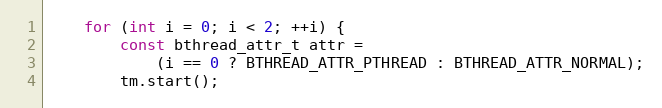
Language: C++
    for (int i = 0; i < 2; ++i) {
        const bthread_attr_t attr =
            (i == 0 ? BTHREAD_ATTR_PTHREAD : BTHREAD_ATTR_NORMAL);
        tm.start();